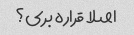
اصلا قراره بری؟